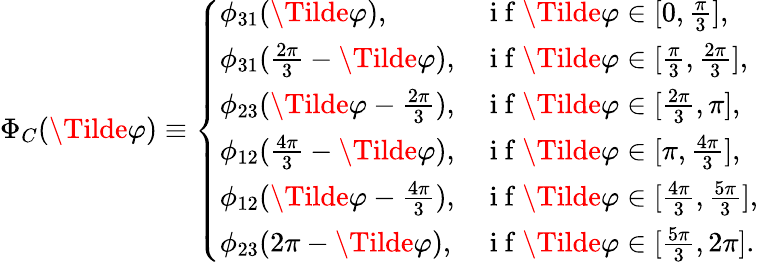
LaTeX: \Phi_{C}(\Tilde{\varphi})\equiv\left\{ \begin{array}{ll}{\phi_{31}(\Tilde{\varphi}),}&{\mathrm{~i~f~}\Tilde{\varphi}\in[0,\frac{\pi}{3}],}\\ {\phi_{31}(\frac{2\pi}{3}-\Tilde{\varphi}),}&{\mathrm{~i~f~}\Tilde{\varphi}\in[\frac{\pi}{3},\frac{2\pi}{3}],}\\ {\phi_{23}(\Tilde{\varphi}-\frac{2\pi}{3}),}&{\mathrm{~i~f~}\Tilde{\varphi}\in[\frac{2\pi}{3},\pi],}\\ {\phi_{12}(\frac{4\pi}{3}-\Tilde{\varphi}),}&{\mathrm{~i~f~}\Tilde{\varphi}\in[\pi,\frac{4\pi}{3}],}\\ {\phi_{12}(\Tilde{\varphi}-\frac{4\pi}{3}),}&{\mathrm{~i~f~}\Tilde{\varphi}\in[\frac{4\pi}{3},\frac{5\pi}{3}],}\\ {\phi_{23}(2\pi-\Tilde{\varphi}),}&{\mathrm{~i~f~}\Tilde{\varphi}\in[\frac{5\pi}{3},2\pi].}\end{array}\right.